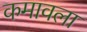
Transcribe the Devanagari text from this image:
कमावला